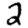
Digit: 2